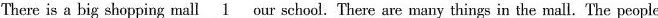
There is a big shopping mall 1 our school. There are many things in the mall. The people